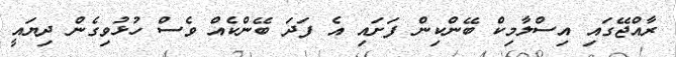
ރާއްޖޭގައި އިސްލާމިކް ބޭންކިން ފަށައި އެ ފަދަ ބޭންކެއް ވެސް ހުޅުވިގެން ދިޔައީ